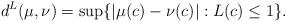
LaTeX: \begin{align*}d^L (\mu, \nu) =\sup \{|\mu (c) -\nu (c)|: L (c)\leq 1 \} .\end{align*}